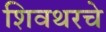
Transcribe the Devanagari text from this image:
शिवथरचे